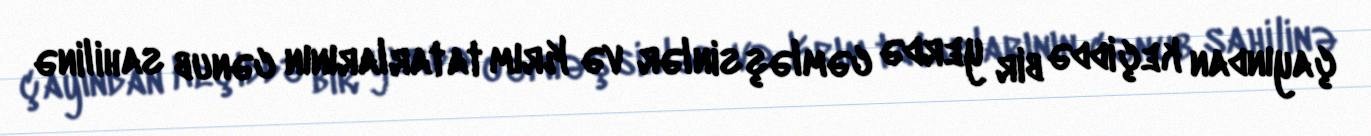
çayından keçiddə bir yerdə cəmləşsinlər və Krım tatarlarının cənub sahilinə